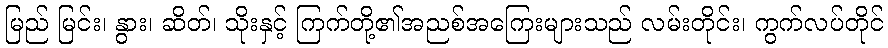
မြည် မြင်း၊ နွား၊ ဆိတ်၊ သိုးနှင့် ကြက်တို့၏အညစ်အကြေးများသည် လမ်းတိုင်း၊ ကွက်လပ်တိုင်